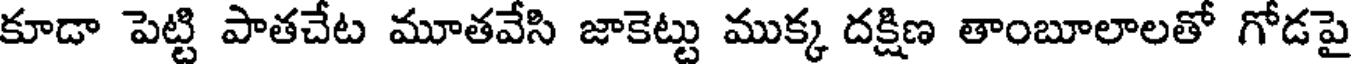
కూడా పెట్టి పాతచేట మూతవేసి జాకెట్టు ముక్క దక్షిణ తాంబూలాలతో గోడపై